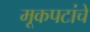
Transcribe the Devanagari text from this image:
मूकपटांचे